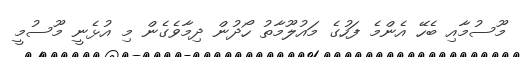
މޫސުމާއި ބެހޭ އެންމެ ފަހުގެ މައުލޫމާތު ހޯދުން ދިމާވެގެން މި އުޅެނީ މޫސުމީ